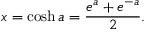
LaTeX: x = \cosh a = { \frac { e ^ { a } + e ^ { - a } } { 2 } } .